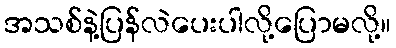
အသစ်နဲ့ပြန်လဲပေးပါလို့ပြောမလို့။